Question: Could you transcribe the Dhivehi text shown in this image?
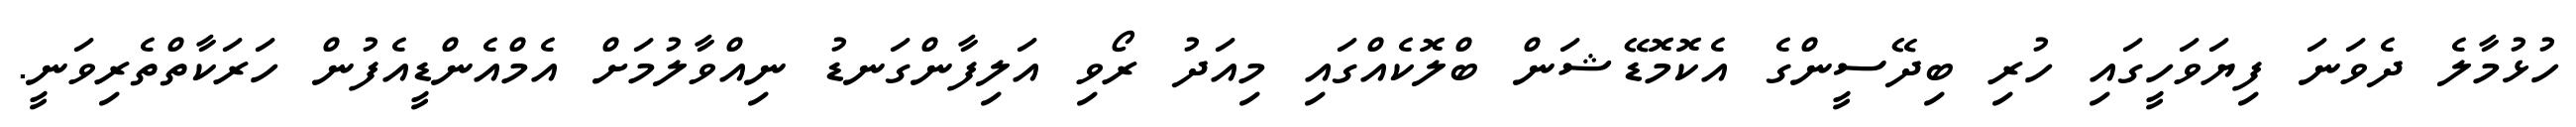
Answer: ހުޅުމާލެ ދެވަނަ ފިޔަވަހީގައި ހުރި ބިދޭސީންގެ އެކޮމޮޑޭޝަން ބްލޮކެއްގައި މިއަދު ރޯވި އަލިފާންގަނޑު ނިއްވާލުމަށް އެމްއެންޑީއެފުން ހަރަކާތްތެރިވަނީ.